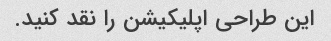
این طراحی اپلیکیشن را نقد کنید.